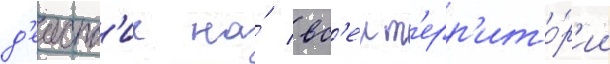
д'еиств'ие на́ вс'еи т'ерр'ито́р'ии